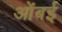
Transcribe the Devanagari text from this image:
ओंबई